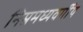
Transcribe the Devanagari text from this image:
निम्नमध्यवर्गीय